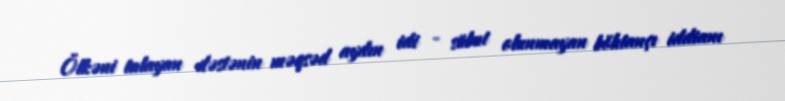
Ölkəni talayan dəstənin məqsəd aydın idi - sübut olunmayan böhtançı iddianı